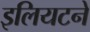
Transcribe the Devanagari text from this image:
इलियटने